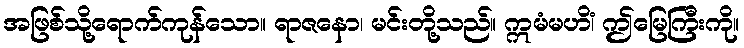
အဖြစ်သို့ရောက်ကုန်သော။ ရာဇနော၊ မင်းတို့သည်။ ဣမံမဟိံ၊ ဤမြေကြီးကို။